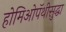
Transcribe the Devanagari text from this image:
होमिओपॅथीसुद्धा